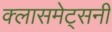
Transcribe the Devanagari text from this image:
क्लासमेट्सनी